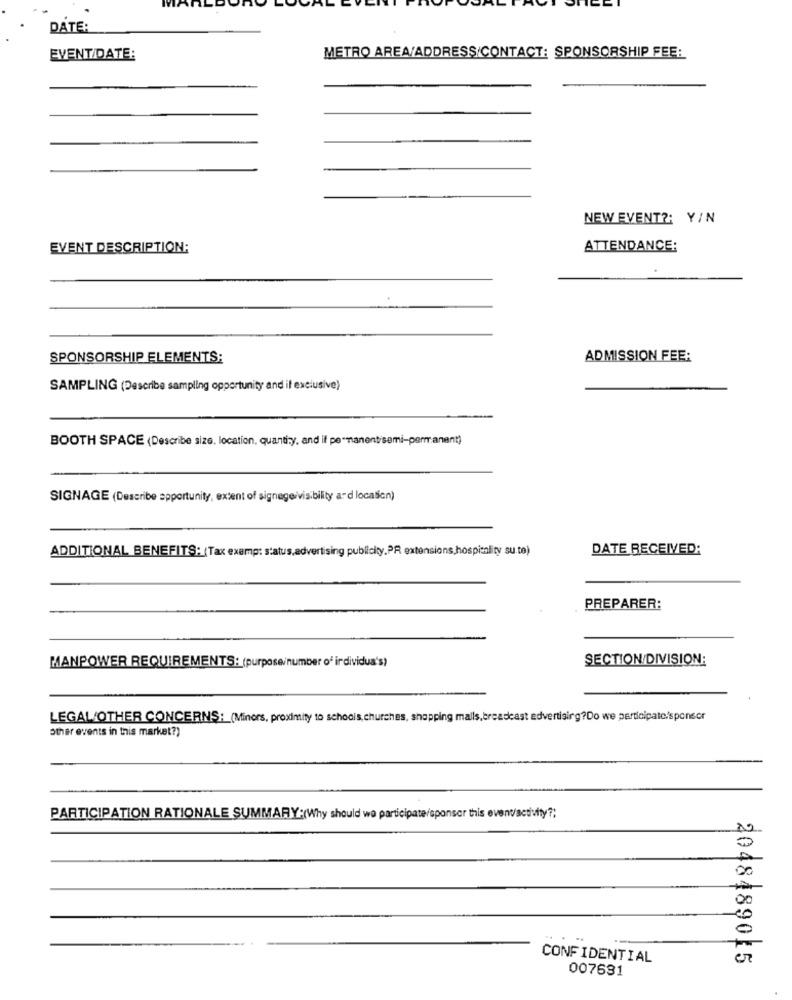
DATE:
METRO AREA/ADDRESS/CONTACT: SPONSORSHIP FEE:
EVENT/DATE:
NEW EVENT ?: Y/N
EVENT DESCRIPTION:
ATTENDANCE:
SPONSORSHIP ELEMENTS:
ADMISSION FEE:
SAMPLING (Describe sampling opportunity and if exclusive)
BOOTH SPACE (Describe size, location, quantity, and if permanentisemi-permanent)
SIGNAGE (Describe apportunity, extent of signage/visibility ard location)
ADDITIONAL BENEFITS: (Tax exemp: status,advertising publicity.PR extensions hospitality su.to)
DATE RECEIVED:
PREPARER:
SECTION/DIVISION:
MANPOWER REQUIREMENTS: (purpose/number of individua's)
LEGAL/OTHER CONCERNS: (Minors, proximity to schools, churches, shopping malls, breadeast advertising?Do we participate/sponsor
other events in this market?)
PARTICIPATION RATIONALE SUMMARY:(Why should we participate/sponsor this evenvactivity ?;
CONFIDENTIAL
007631
2048189025